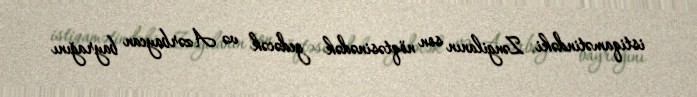
istiqamətindəki Zəngilanın son nöqtəsinədək gedəcək və Azərbaycan bayrağını